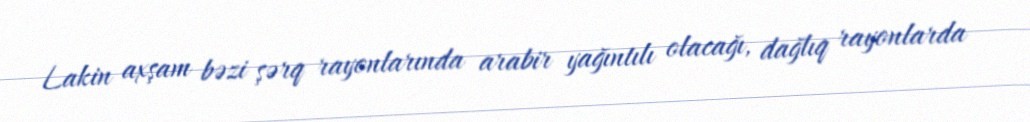
Lakin axşam bəzi şərq rayonlarında arabir yağıntılı olacağı, dağlıq rayonlarda